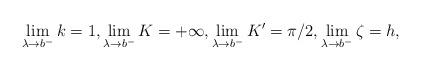
LaTeX: \begin{align*}\lim_{\lambda \to b^-} k = 1,\lim_{\lambda \to b^-} K = +\infty,\lim_{\lambda \to b^-} K' = \pi/2,\lim_{\lambda \to b^-} \zeta = h,\end{align*}